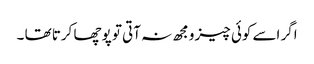
اگر اسے کوئی چیز ومجھ نہ آتی تو پوچھا کرتا تھا ۔